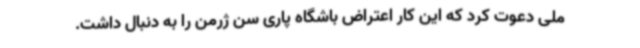
ملی دعوت کرد که این کار اعتراض باشگاه پاری سن ژرمن را به دنبال داشت.